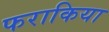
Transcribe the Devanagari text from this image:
फराकिया